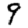
Digit: 9